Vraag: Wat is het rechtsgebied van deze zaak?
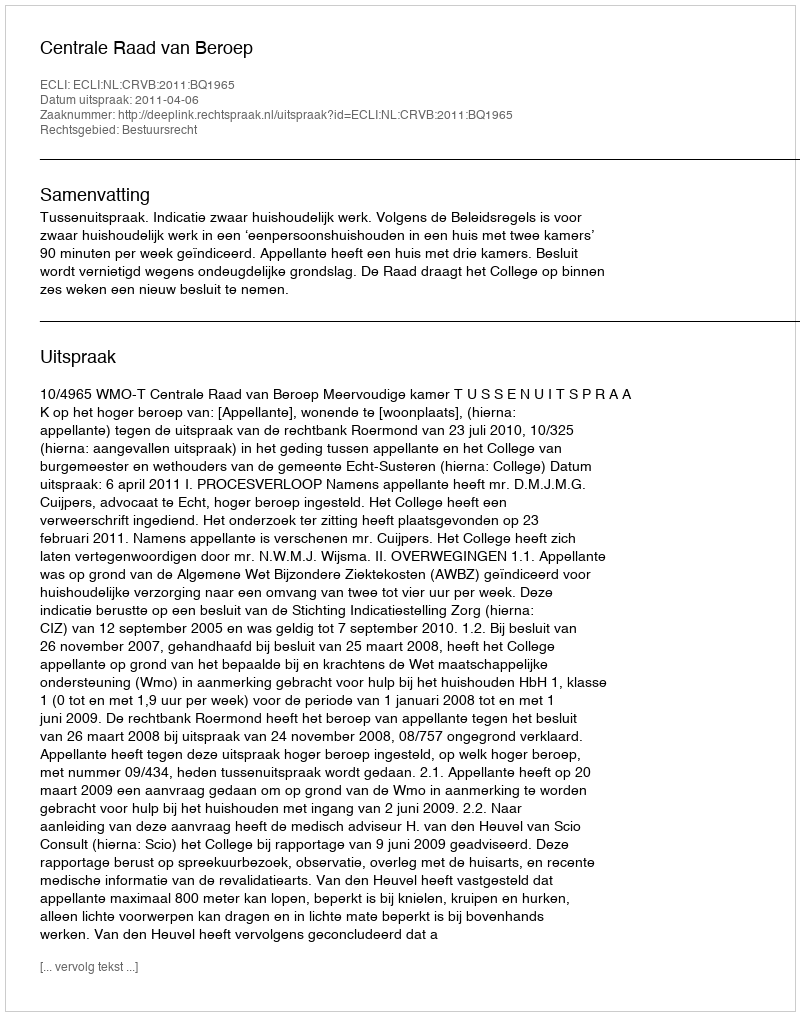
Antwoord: Bestuursrecht